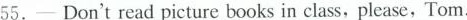
55.-Don't read picture books in class, please,Tom.